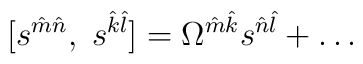
[s^{\hat m \hat n}, \; s^{\hat k \hat l}] = \Omega^{\hat m \hat k}  s^{\hat n\hat l} + \dots